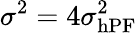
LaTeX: \sigma^{2}=4\sigma_{\mathrm{hPF}}^{2}